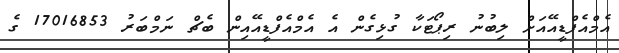
އެމްއެފްޑީއޭއަށް ލިބުނު ރިޕޯޓަކާ ގުޅިގެން އެ އެމްއެފްޑީއޭއިން ބެޗް ނަމްބަރު 17016853 ގެ